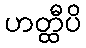
ဟတ္ထီပိ